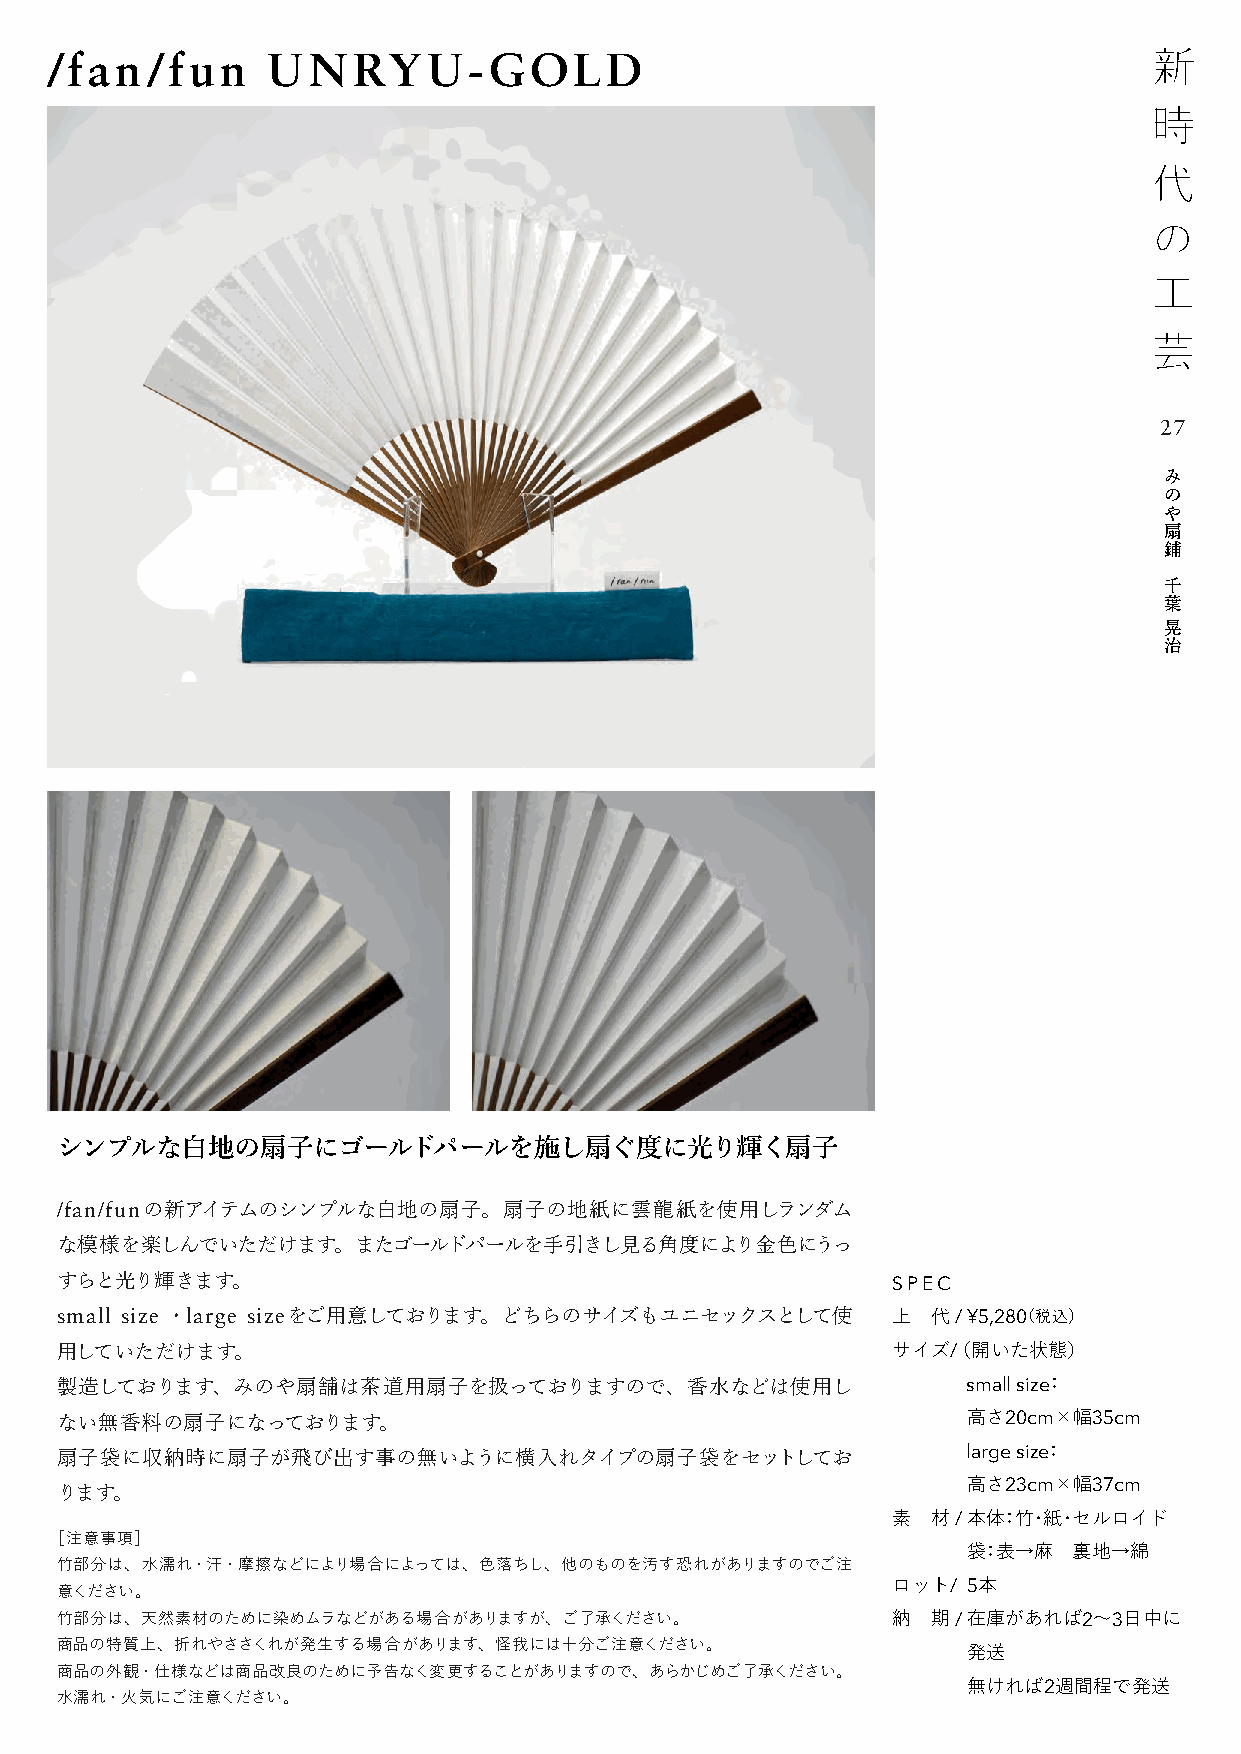
/fan/fun       UNRYU-GOLD
 27
 み
 の
 や
 扇
 鋪
 千
 葉
 晃
 治
 シンプルな白地の扇子にゴールドパールを施し扇ぐ度に光り輝く扇子
 /fan/funの新アイテムのシンプルな白地の扇子。扇子の地紙に雲龍紙を使用しランダム
 な模様を楽しんでいただけます。またゴールドパールを手引きし見る角度により金色にうっ
 すらと光り輝きます。                                             SPEC
 small size ・large sizeをご用意しております。どちらのサイズもユニセックスとして使    上  代 / ¥5,280（税込）
 用していただけます。                                             サイズ/（ 開いた状態）
 製造しております、みのや扇舗は茶道用扇子を扱っておりますので、香水などは使用し                     small size：
 ない無香料の扇子になっております。                                           高さ20cm×幅35cm
 扇子袋に収納時に扇子が飛び出す事の無いように横入れタイプの扇子袋をセットしてお                     large size：
 高さ23cm×幅37cm
 ります。
 素  材 / 本体：竹・紙・セルロイド
 ［注意事項］
 袋：表→麻  裏地→綿
 竹部分は、水濡れ・汗・摩擦などにより場合によっては、色落ちし、他のものを汚す恐れがありますのでご注
 意ください。
 ロット/ 5本
 竹部分は、天然素材のために染めムラなどがある場合がありますが、ご了承ください。                納  期 / 在庫があれば2～3日中に
 商品の特質上、折れやささくれが発生する場合があります、怪我には十分ご注意ください。
 発送
 商品の外観・仕様などは商品改良のために予告なく変更することがありますので、あらかじめご了承ください。
 無ければ2週間程で発送
 水濡れ・火気にご注意ください。